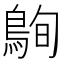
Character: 𪀠